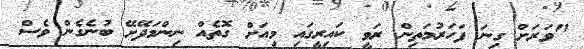
"ވަރަށް ގިނަ ފަހަރުމަތިން ރަވީ ކައިރީގައި މިއަށް ގޮތެއް ނިންމަދޭށޭ ބުނެގެން ވެސް